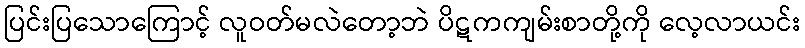
ပြင်းပြသောကြောင့် လူဝတ်မလဲတော့ဘဲ ပိဋကကျမ်းစာတို့ကို လေ့လာယင်း